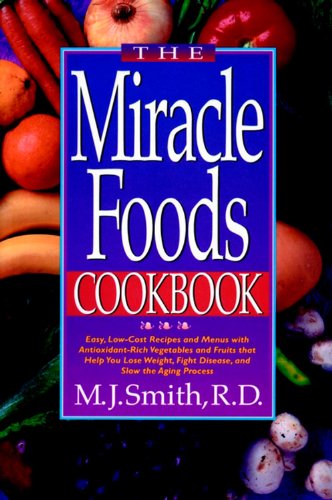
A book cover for The Miracle Foods Cookbook: Easy, Low-Cost Recipesand Menus with Anitoxidant-Rich Vegetables and Fruits That Help You Lose Weight, Fight Disease, and; M. J Smith; Health, Fitness & Dieting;